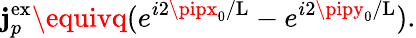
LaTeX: \mathbf{j}_{p}^{\mathrm{{ex}}}\equivq(e^{i2\pipx_{0}/\mathrm{{L}}}-e^{i2\pipy_{0}/\mathrm{{L}}}).